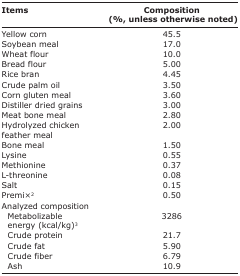
<table><thead><tr><td><b>Items</b></td><td><b>Composition (%, unless otherwise noted)</b></td></tr></thead><tbody><tr><td>Yellow corn</td><td>45.5</td></tr><tr><td>Soybean meal</td><td>17.0</td></tr><tr><td>Wheat flour</td><td>10.0</td></tr><tr><td>Bread flour</td><td>5.00</td></tr><tr><td>Rice bran</td><td>4.45</td></tr><tr><td>Crude palm oil</td><td>3.50</td></tr><tr><td>Corn gluten meal</td><td>3.60</td></tr><tr><td>Distiller dried grains</td><td>3.00</td></tr><tr><td>Meat bone meal</td><td>2.80</td></tr><tr><td>Hydrolyzed chicken feather meal</td><td>2.00</td></tr><tr><td>Bone meal</td><td>1.50</td></tr><tr><td>Lysine</td><td>0.55</td></tr><tr><td>Methionine</td><td>0.37</td></tr><tr><td>L-threonine</td><td>0.08</td></tr><tr><td>Salt</td><td>0.15</td></tr><tr><td>Premi×<sup>2</sup></td><td>0.50</td></tr><tr><td>Analyzed composition</td><td></td></tr><tr><td> Metabolizable energy (kcal/kg)<sup>3</sup></td><td>3286</td></tr><tr><td> Crude protein</td><td>21.7</td></tr><tr><td> Crude fat</td><td>5.90</td></tr><tr><td> Crude fiber</td><td>6.79</td></tr><tr><td> Ash</td><td>10.9</td></tr></tbody></table>